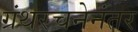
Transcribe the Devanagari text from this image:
ग्रंथरचनेनंतर